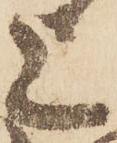
上